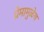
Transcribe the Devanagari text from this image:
प्रेमामुळेच